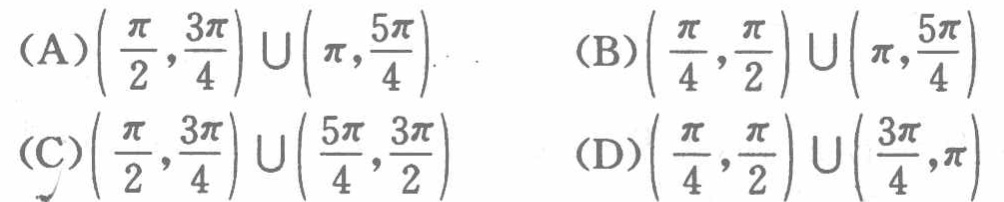
(A)$\left(\frac{\pi}{2},\frac{3\pi}{4}\right)\cup\left(\pi,\frac{5\pi}{4}\right)$  (B)$\left(\frac{\pi}{4},\frac{\pi}{2}\right)\cup\left(\pi,\frac{5\pi}{4}\right)$
(C)$\left(\frac{\pi}{2},\frac{3\pi}{4}\right)\cup\left(\frac{5\pi}{4},\frac{3\pi}{2}\right)$  (D)$\left(\frac{\pi}{4},\frac{\pi}{2}\right)\cup\left(\frac{3\pi}{4},\pi\right)$